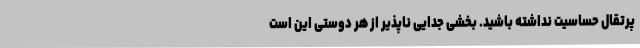
پرتقال حساسیت نداشته باشید. بخشی جدایی ناپذیر از هر دوستی این است